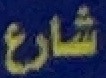
شارع